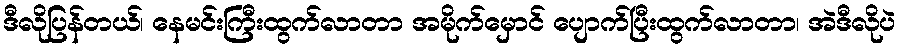
ဒီလိုပြန်တယ်၊ နေမင်းကြီးထွက်လာတာ အမိုက်မှောင် ပျောက်ပြီးထွက်လာတာ၊ အဲဒီလိုပဲ